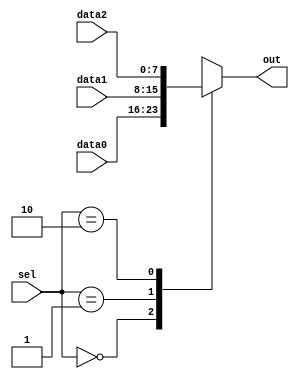
module x_case_statement (
    input [1:0] sel,
    input [7:0] data0,
    input [7:0] data1,
    input [7:0] data2,
    output reg [7:0] out
);

always @(*)
begin
    case(sel)
        2'b00: out = data0;
        2'b01: out = data1;
        2'b10: out = data2;
        default: out = 8'hx; // default value for output
    endcase
end

endmodule